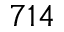
7 1 4